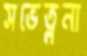
সভেত্লনা